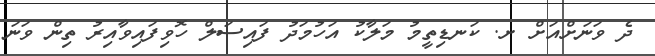
ދެ ވަނަށްއަށް ށ. ކަނޑިތީމު މަލާކު އަހުމަދު ފައިސަލް ހޮވިފައިވާއިރު ތިން ވަނަ